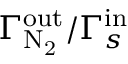
\Gamma _ { \mathrm { N _ { 2 } } } ^ { \mathrm { o u t } } / \Gamma _ { s } ^ { \mathrm { i n } }